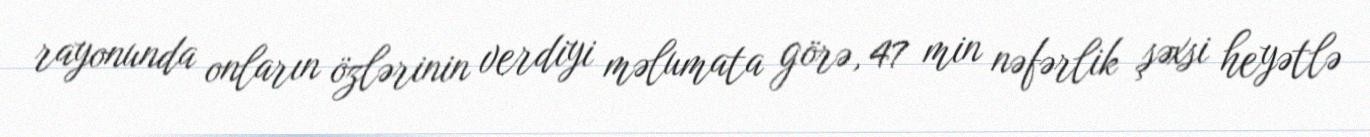
rayonunda onların özlərinin verdiyi məlumata görə, 47 min nəfərlik şəxsi heyətlə